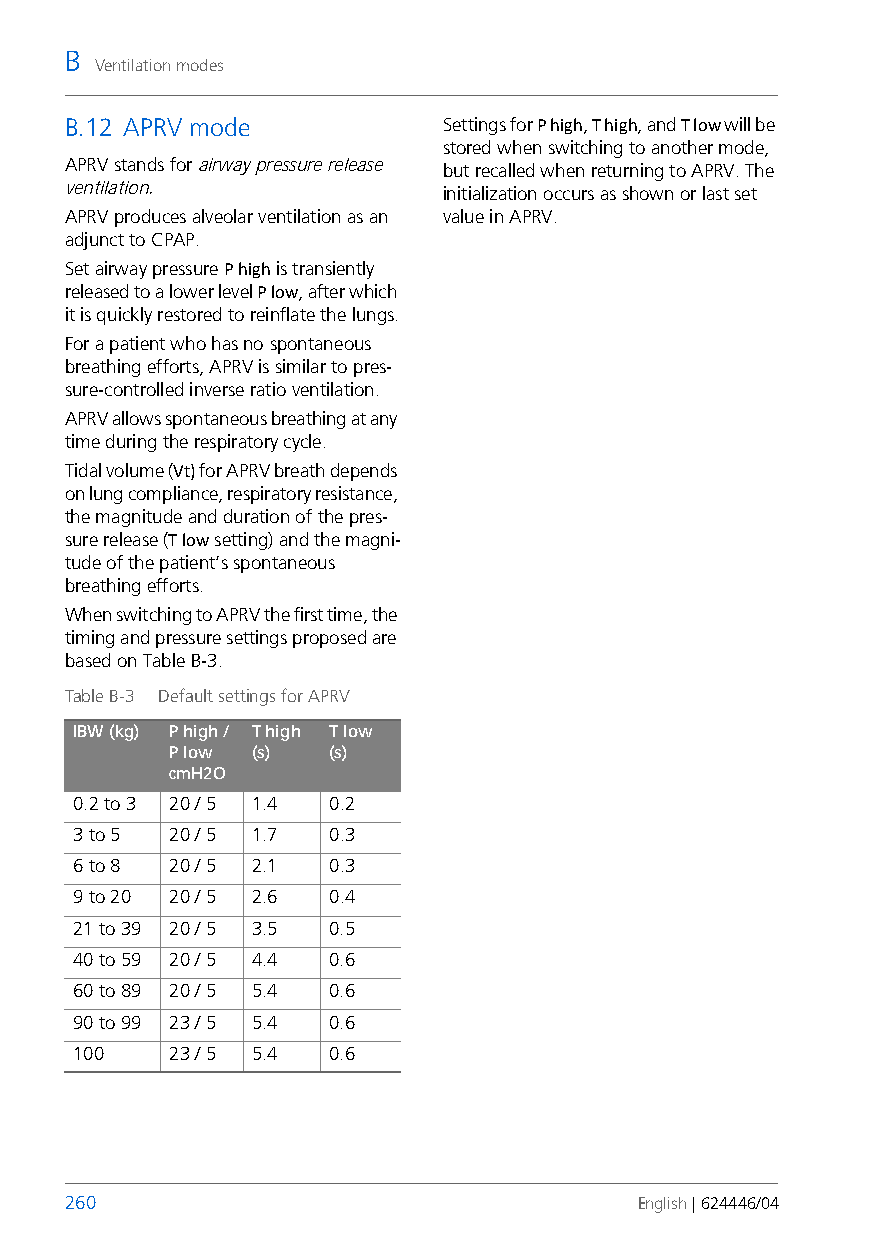
B
 Ventilation modes
 B.12 APRV mode           Settings for P high, T high, and T low will be
 stored when switching to another mode,
 APRV stands for airway pressure release
 but recalled when returning to APRV. The
 ventilation.
 initialization occurs as shown or last set
 APRV produces alveolar ventilation as an value in APRV.
 adjunct to CPAP.
 Set airway pressure P high is transiently
 released to a lower level P low, after which
 it is quickly restored to reinflate the lungs.
 For a patient who has no spontaneous
 breathing efforts, APRV is similar to pres-
 sure-controlled inverse ratio ventilation.
 APRV allows spontaneous breathing at any
 time during the respiratory cycle.
 Tidal volume (Vt) for APRV breath depends
 on lung compliance, respiratory resistance,
 the magnitude and duration of the pres-
 sure release (T low setting) and the magni-
 tude of the patient’s spontaneous
 breathing efforts.
 When switching to APRV the first time, the
 timing and pressure settings proposed are
 based on TableB-3.
 Table B-3 Default settings for APRV
 IBW (kg) P high / T high T low
 P low (s)  (s)
 cmH2O
 0.2 to 3 20 / 5 1.4 0.2
 3 to 5 20 / 5 1.7 0.3
 6 to 8 20 / 5 2.1 0.3
 9 to 20 20 / 5 2.6 0.4
 21 to 39 20 / 5 3.5 0.5
 40 to 59 20 / 5 4.4 0.6
 60 to 89 20 / 5 5.4 0.6
 90 to 99 23 / 5 5.4 0.6
 100   23 / 5 5.4 0.6
 260                                   English | 624446/04